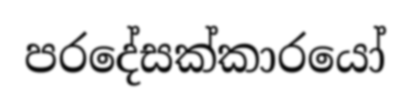
පරදේසක්කාරයෝ